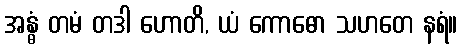
အန္ဓံ တမံ တဒါ ဟောတိ, ယံ ကောဓော သဟတေ နရံ။